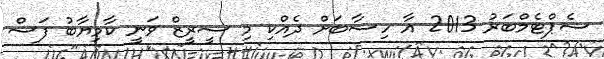
ސެޕްޓެމްބަރު 2013 އާ ހިސާބަށް ދެއްކި މި ސީރީޒް ވަނީ ކާމިޔާބު ފަސް